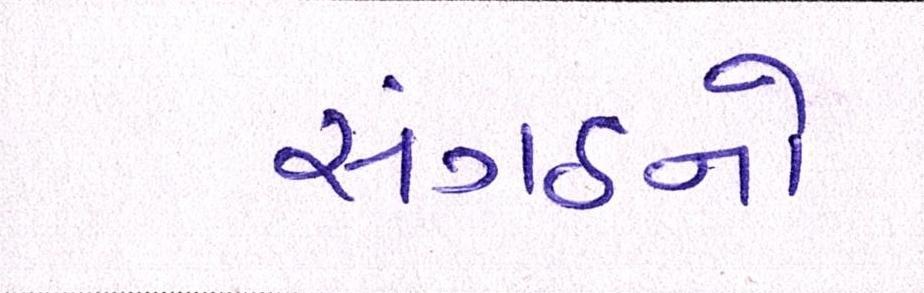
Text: સંગઠનો